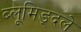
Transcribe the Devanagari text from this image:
ब्लूमिङ्दले